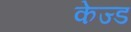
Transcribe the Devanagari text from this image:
केज्ड